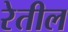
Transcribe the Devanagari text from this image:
रेतील